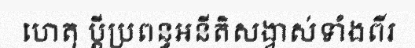
ហេតុ ប្តីប្រពន្ធអនីតិសង្វាស់ទាំងពីរ